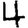
Digit: 4